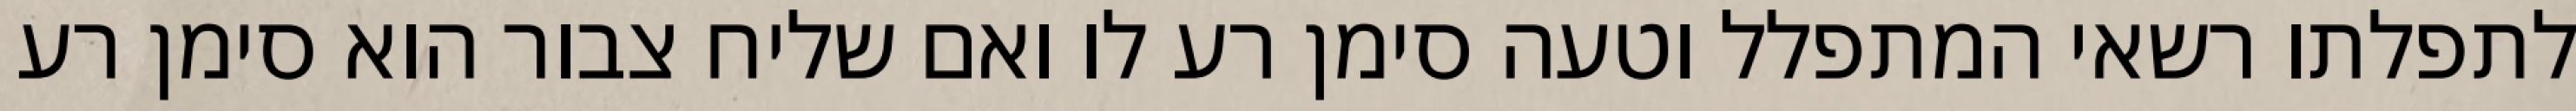
לתפלתו רשאי המתפלל וטעה סימן רע לו ואם שליח צבור הוא סימן רע